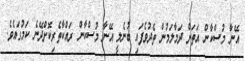
އޭނާ މުސްކާން އަތަށް ދަމާލަމުން ތެދުވެފައި ބުނެލީ އޭނާ މުސްކާން ރައްކާތެރިކޮށްދޭނެ ކަމުގައެވެ.